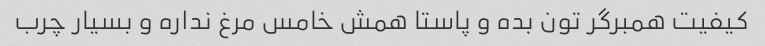
کیفیت همبرگر تون بده و پاستا همش خامس مرغ نداره و بسیار چرب